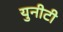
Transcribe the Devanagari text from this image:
युनीटी